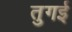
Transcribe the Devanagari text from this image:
तुगई